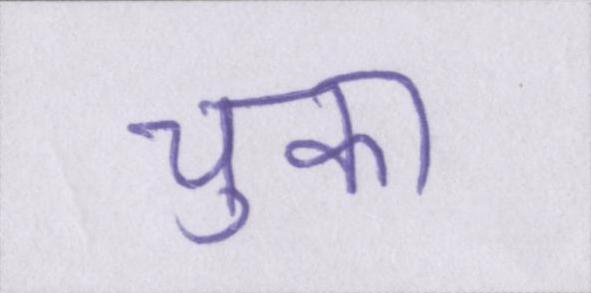
चुका